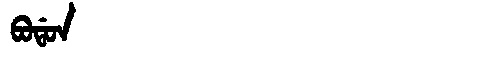
Manchu: ᠪᠣᡩᠣᠨ
Romanization: BODON